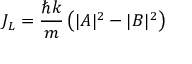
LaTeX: J _ { L } = { \frac { \hbar k } { m } } \left( | A | ^ { 2 } - | B | ^ { 2 } \right)